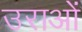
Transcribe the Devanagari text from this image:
उराओं